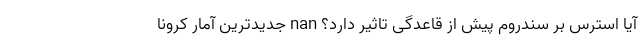
آیا استرس بر سندروم پیش از قاعدگی تاثیر دارد؟ nan جدیدترین آمار کرونا